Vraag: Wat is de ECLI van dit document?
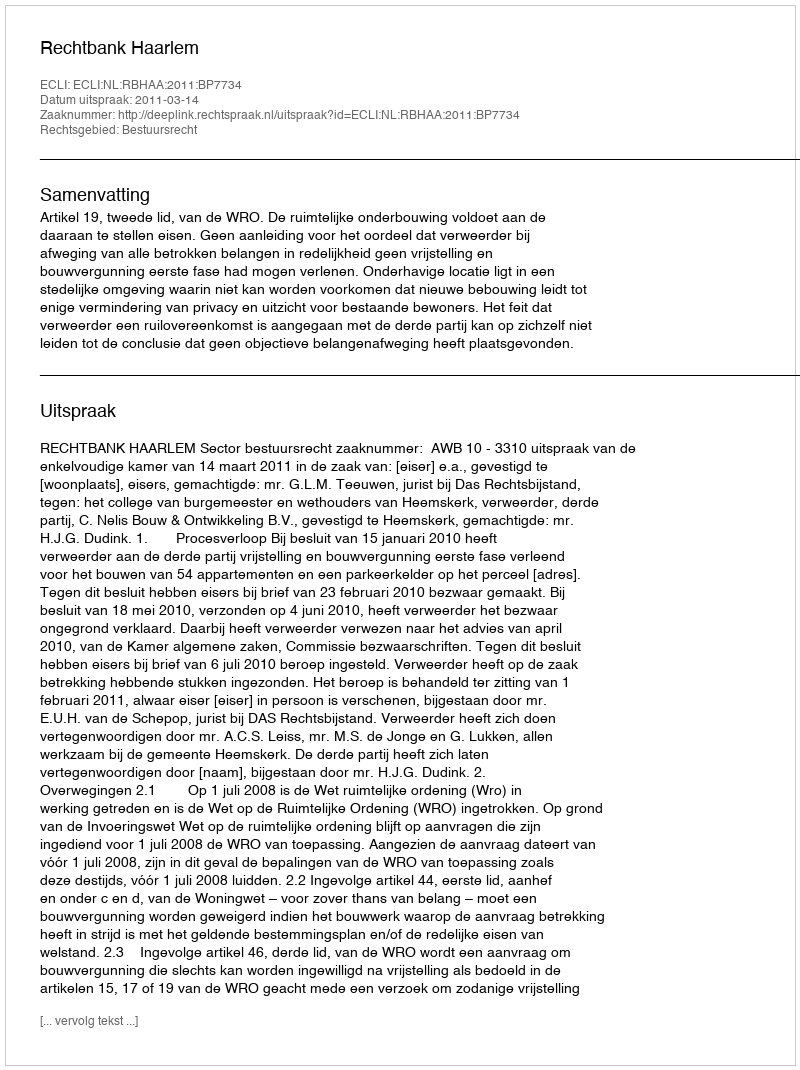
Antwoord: ECLI:NL:RBHAA:2011:BP7734